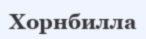
Хорнбилла